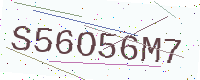
Text: S56O56M7